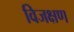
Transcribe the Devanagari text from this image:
विजक्षण